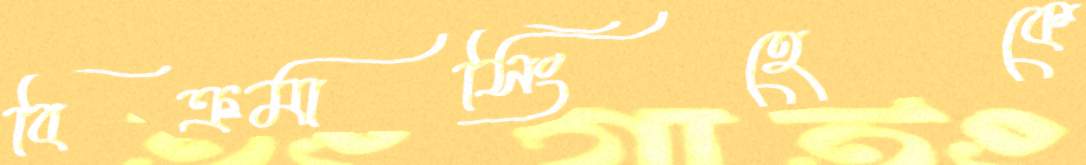
বিক্রমাসিংহেকে